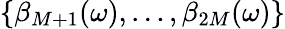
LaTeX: \{ \beta_{M+1}(\omega),\dots,\beta_{2M}(\omega)\}